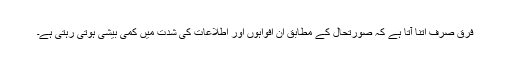
فرق صرف اتنا آتا ہے کہ صورتحال کے مطابق ان افواہوں اور اطلاعات کی شدت میں کمی بیشی ہوتی رہتی ہے۔